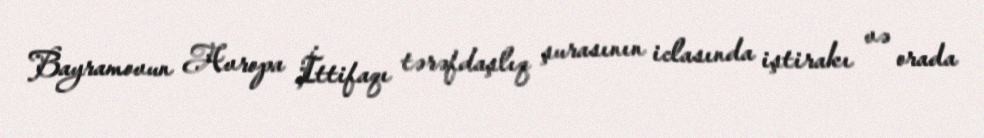
Bayramovun Avropa İttifaqı tərəfdaşlıq şurasının iclasında iştirakı və orada